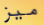
ميز